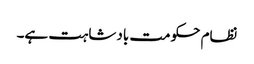
نظام حکومت بادشاہت ہے۔